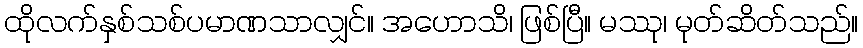
ထိုလက်နှစ်သစ်ပမာဏသာလျှင်။ အဟောသိ၊ ဖြစ်ပြီ။ မဿု၊ မုတ်ဆိတ်သည်။